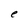
Character: e